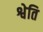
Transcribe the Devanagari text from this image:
श्वेति